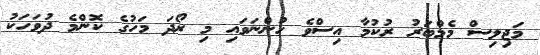
މަޖިލިސް މެމްބަރު ރުކުމާ އިސްވެ ހުންނަވައި މި ރޯދަ މަހުގެ ކޮންމެ ދުވަހަކު